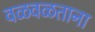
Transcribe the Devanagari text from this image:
वळवळताना